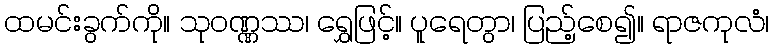
ထမင်းခွက်ကို။ သုဝဏ္ဏဿ၊ ရွှေဖြင့်။ ပူရေတွာ၊ ပြည့်စေ၍။ ရာဇကုလံ၊